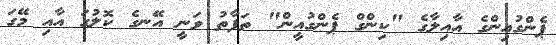
ޕެންގުއިންގެ އާއިލާގެ "ކިންގް ޕެންގުއީން" ތަފާތު ވަނީ އޭނގެ ކޮލުގަ އާއި މޭގަ